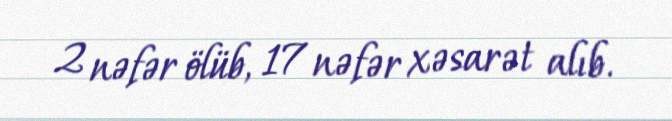
2 nəfər ölüb, 17 nəfər xəsarət alıb.